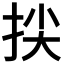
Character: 𢬅